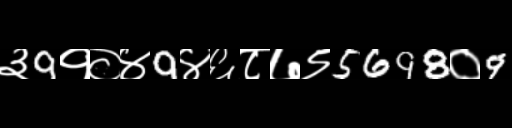
Text: ३9१०४9४६८७९5698०9